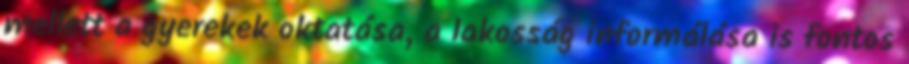
mellett a gyerekek oktatása, a lakosság informálása is fontos